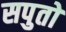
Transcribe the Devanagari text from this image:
सपुतो